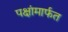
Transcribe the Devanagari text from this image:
पक्षांमार्फत